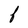
Character: F